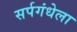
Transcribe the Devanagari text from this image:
सर्पगंधेला